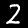
Digit: 2